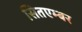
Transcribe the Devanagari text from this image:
सितएम्बर